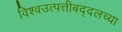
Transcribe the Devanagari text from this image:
विश्वउत्पत्तीबद्दलच्या